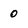
Character: 0